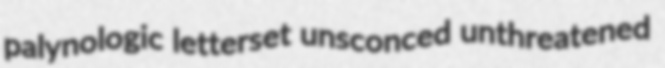
palynologic letterset unsconced unthreatened